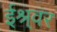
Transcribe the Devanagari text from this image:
ईश्र्वर